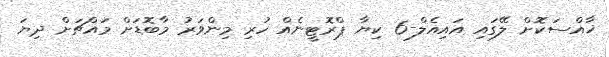
ޚާއްސަކޮށް ލޭގައި އައިއެލް-6 ކިޔާ ޕްރޮޓީނެއް ހުރި މިންވަރު މާބޮޑަށް މައްޗަށް ދިޔަ